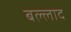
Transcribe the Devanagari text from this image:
बल्लाद